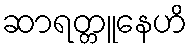
ဆာရတ္တူနေဟိ